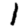
Digit: 1